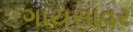
ગાયસાવર